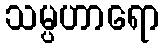
သမ္ပဟာရော